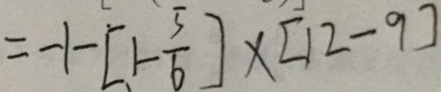
= - 1 - [ 1 - \frac { 5 } { 6 } ] \times [ 1 2 - 9 ]